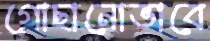
গোছানোভাবে